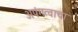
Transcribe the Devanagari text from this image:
अपंगत्वाचा